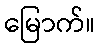
မြောက်။